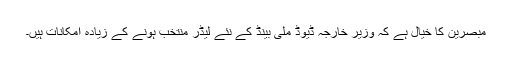
مبصرین کا خیال ہے کہ وزیر خارجہ ڈیوڈ ملی بینڈ کے نئے لیڈر منتخب ہونے کے زیادہ امکانات ہیں۔